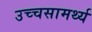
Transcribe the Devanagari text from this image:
उच्चसामर्थ्य